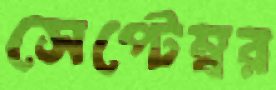
সেপ্টেম্বর